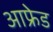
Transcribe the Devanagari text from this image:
आफ्रेड